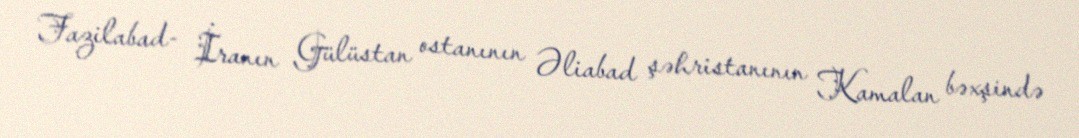
Fazilabad- İranın Gülüstan ostanının Əliabad şəhristanının Kamalan bəxşində